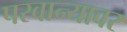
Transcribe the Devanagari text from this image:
परवान्यावर